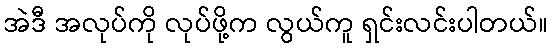
အဲဒီ အလုပ်ကို လုပ်ဖို့က လွယ်ကူ ရှင်းလင်းပါတယ်။